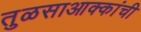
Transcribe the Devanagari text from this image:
तुळसाआक्कांची